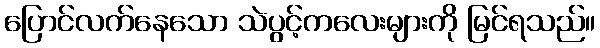
ပြောင်လက်နေသော သဲပွင့်ကလေးများကို မြင်ရသည်။